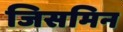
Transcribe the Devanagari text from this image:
जिसमिन